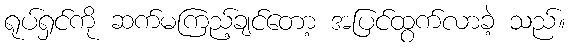
ရုပ်ရှင်ကို ဆက်မကြည့်ချင်တော့ အပြင်ထွက်လာခဲ့ သည်။